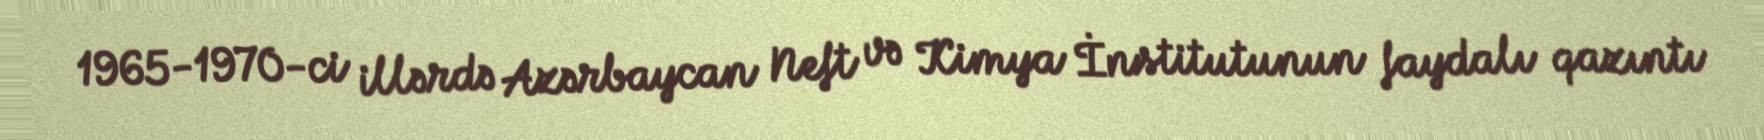
1965-1970-ci illərdə Azərbaycan Neft və Kimya İnstitutunun faydalı qazıntı